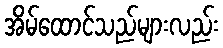
အိမ်ထောင်သည်များလည်း